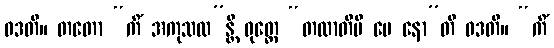
ဝဒတိ။ တတော “ကိံ အကုသလ”န္တိ ဝုတ္တေ “တထာတိပိ မေ နော”တိ ဝဒတိ။ “ကိံ